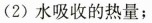
(2)水吸收的热量；